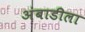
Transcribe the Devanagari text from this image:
अंबाडीला